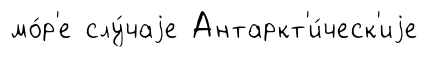
мо́р'е слу́чаjе Антаркт'и́ческ'иjе